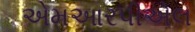
એમઆરપીએલ